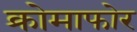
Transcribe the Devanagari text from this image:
क्रोमाफोर